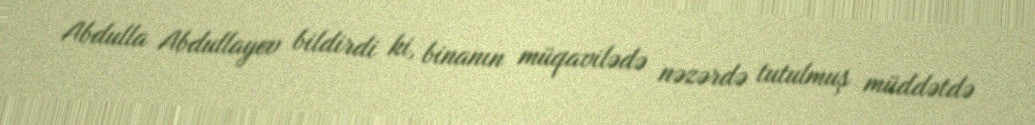
Abdulla Abdullayev bildirdi ki, binanın müqavilədə nəzərdə tutulmuş müddətdə